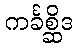
ကင်္ခစ္ဆိဒ